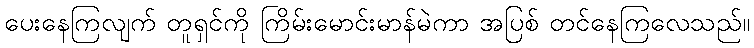
ပေးနေကြလျက် တူရှင်ကို ကြိမ်းမောင်းမာန်မဲကာ အပြစ် တင်နေကြလေသည်။